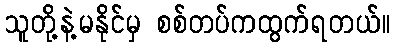
သူတို့နဲ့မနိုင်မှ စစ်တပ်ကထွက်ရတယ်။